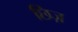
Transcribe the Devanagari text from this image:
छिज़